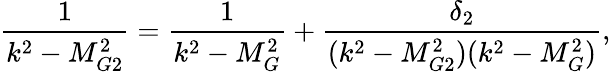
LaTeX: \frac{1}{k^{2}-M_{G2}^{2}}=\frac{1}{k^{2}-M_{G}^{2}}+\frac{\delta_{2}}{(k^{2}-M_{G2}^{2})(k^{2}-M_{G}^{2})},